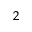
_ 2